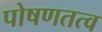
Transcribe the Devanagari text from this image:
पोषणतत्व